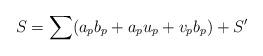
LaTeX: \begin{align*}S=\sum (a_pb_p+a_pu_p+v_pb_p)+S'\end{align*}